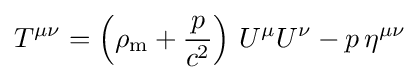
T^{\mu \nu }=\left(\rho _{\text{m}}+{\frac {p}{c^{2}}}\right)\,U^{\mu }U^{\nu }-p\,\eta ^{\mu \nu }